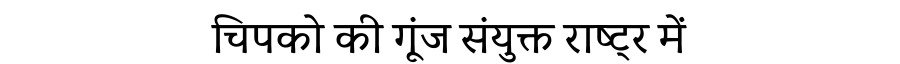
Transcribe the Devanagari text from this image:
चिपको की गूंज संयुक्त राष्ट्र में